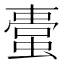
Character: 𧏋